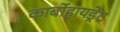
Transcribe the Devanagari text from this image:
कार्बोहायड्रेट